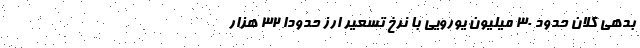
بدهی کلان حدودِ ۳۰ میلیون یورویی با نرخ تسعیر ارز حدوداً ۳۲ هزار